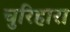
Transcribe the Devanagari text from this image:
चुरिहारा